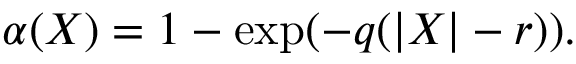
\alpha ( X ) = 1 - \exp ( { - q ( | X | - r ) } ) .